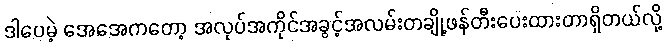
ဒါပေမဲ့ အေအေကတော့ အလုပ်အကိုင်အခွင့်အလမ်းတချို့ဖန်တီးပေးထားတာရှိတယ်လို့